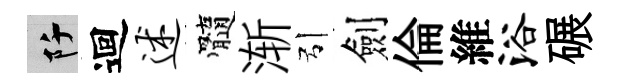
阡迴述髓渐引劍倫維浴碾